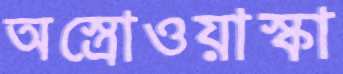
অস্ত্রোওয়াস্কা